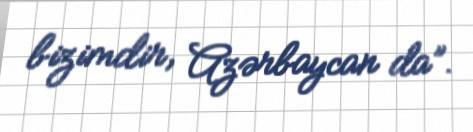
bizimdir, Azərbaycan da”.